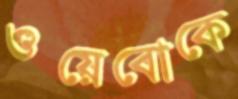
ওয়েবোকে